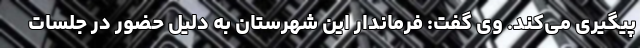
پیگیری می‌کند. وی گفت: فرماندار این شهرستان به دلیل حضور در جلسات